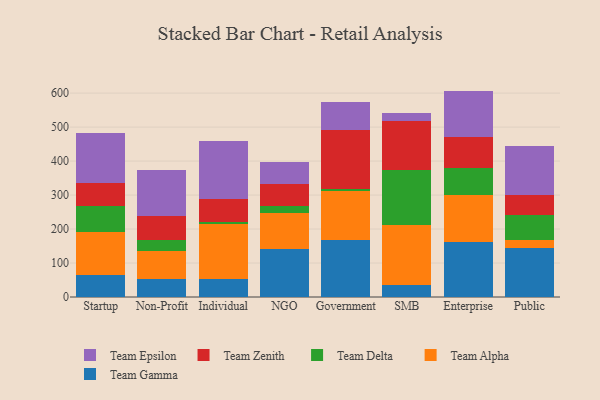
{"axis": {"x": "Segment", "y": "Revenue (USD Million)"}, "legend": ["Team Alpha", "Team Delta", "Team Epsilon", "Team Gamma", "Team Zenith"], "data": [{"x": "Startup", "y": 64.7, "type": "Team Gamma"}, {"x": "Startup", "y": 127.4, "type": "Team Alpha"}, {"x": "Startup", "y": 74.4, "type": "Team Delta"}, {"x": "Startup", "y": 69.9, "type": "Team Zenith"}, {"x": "Startup", "y": 146.1, "type": "Team Epsilon"}, {"x": "Non-Profit", "y": 53.2, "type": "Team Gamma"}, {"x": "Non-Profit", "y": 80.7, "type": "Team Alpha"}, {"x": "Non-Profit", "y": 34.7, "type": "Team Delta"}, {"x": "Non-Profit", "y": 69.0, "type": "Team Zenith"}, {"x": "Non-Profit", "y": 135.2, "type": "Team Epsilon"}, {"x": "Individual", "y": 51.7, "type": "Team Gamma"}, {"x": "Individual", "y": 162.2, "type": "Team Alpha"}, {"x": "Individual", "y": 8.2, "type": "Team Delta"}, {"x": "Individual", "y": 65.1, "type": "Team Zenith"}, {"x": "Individual", "y": 172.4, "type": "Team Epsilon"}, {"x": "NGO", "y": 139.9, "type": "Team Gamma"}, {"x": "NGO", "y": 106.3, "type": "Team Alpha"}, {"x": "NGO", "y": 21.8, "type": "Team Delta"}, {"x": "NGO", "y": 65.3, "type": "Team Zenith"}, {"x": "NGO", "y": 64.2, "type": "Team Epsilon"}, {"x": "Government", "y": 167.7, "type": "Team Gamma"}, {"x": "Government", "y": 143.1, "type": "Team Alpha"}, {"x": "Government", "y": 6.5, "type": "Team Delta"}, {"x": "Government", "y": 175.5, "type": "Team Zenith"}, {"x": "Government", "y": 81.7, "type": "Team Epsilon"}, {"x": "SMB", "y": 34.6, "type": "Team Gamma"}, {"x": "SMB", "y": 177.8, "type": "Team Alpha"}, {"x": "SMB", "y": 161.8, "type": "Team Delta"}, {"x": "SMB", "y": 142.3, "type": "Team Zenith"}, {"x": "SMB", "y": 23.8, "type": "Team Epsilon"}, {"x": "Enterprise", "y": 160.4, "type": "Team Gamma"}, {"x": "Enterprise", "y": 139.9, "type": "Team Alpha"}, {"x": "Enterprise", "y": 79.4, "type": "Team Delta"}, {"x": "Enterprise", "y": 90.4, "type": "Team Zenith"}, {"x": "Enterprise", "y": 136.5, "type": "Team Epsilon"}, {"x": "Public", "y": 143.3, "type": "Team Gamma"}, {"x": "Public", "y": 23.2, "type": "Team Alpha"}, {"x": "Public", "y": 73.7, "type": "Team Delta"}, {"x": "Public", "y": 58.9, "type": "Team Zenith"}, {"x": "Public", "y": 144.6, "type": "Team Epsilon"}]}